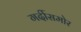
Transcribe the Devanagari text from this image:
गर्दीसमोर